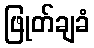
ဖြုတ်ချခံ